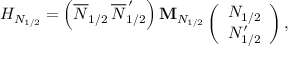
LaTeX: \begin{array} { r } { { H _ { N _ { 1 / 2 } } = \left( \overline { { { N } } } _ { 1 / 2 } \, \overline { { { N } } } _ { 1 / 2 } ^ { \, \prime } \right) { \bf M } _ { N _ { 1 / 2 } } \! \! \! } } \\ { { \vphantom { 1 } } } \end{array} \left( \begin{array} { c } { { N _ { 1 / 2 } } } \\ { { N _ { 1 / 2 } ^ { \prime } } } \end{array} \right) ,